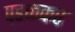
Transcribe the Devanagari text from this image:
पडळकर